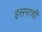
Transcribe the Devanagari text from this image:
इसमाची